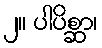
၂။ ပါပိစ္ဆာ၊